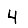
Digit: 4